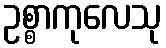
ဥစ္စာကုလေသု